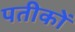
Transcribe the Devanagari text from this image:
पतीकों